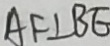
A F \bot B E